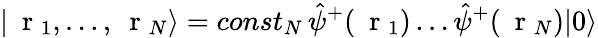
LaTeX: |\mathrm{~\mathbf~r~}_{1},\dots,\mathrm{~\mathbf~r~}_{N}\rangle=const_{N}\, \hat{\psi}^{+}(\mathrm{~\mathbf~r~}_{1})\dots\hat{\psi}^{+}(\mathrm{~\mathbf~r~}_{N})|0\rangle